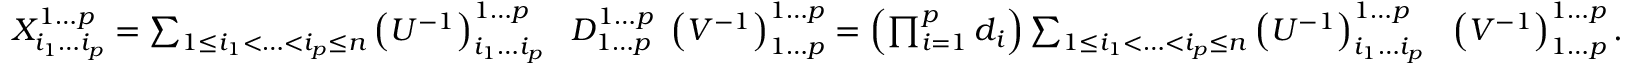
\begin{array} { r } { X _ { i _ { 1 } \dotsc i _ { p } } ^ { 1 \dotsc p } = \sum _ { 1 \leq i _ { 1 } < \dotsc < i _ { p } \leq n } \left( U ^ { - 1 } \right) _ { i _ { 1 } \dotsc i _ { p } } ^ { 1 \dotsc p } \ \ D _ { 1 \dotsc p } ^ { 1 \dotsc p } \ \left( V ^ { - 1 } \right) _ { 1 \dotsc p } ^ { 1 \dotsc p } = \left( \prod _ { i = 1 } ^ { p } d _ { i } \right) \sum _ { 1 \leq i _ { 1 } < \dotsc < i _ { p } \leq n } \left( U ^ { - 1 } \right) _ { i _ { 1 } \dotsc i _ { p } } ^ { 1 \dotsc p } \ \ \left( V ^ { - 1 } \right) _ { 1 \dotsc p } ^ { 1 \dotsc p } . } \end{array}